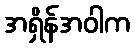
အရှိန်အဝါက